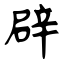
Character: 辟